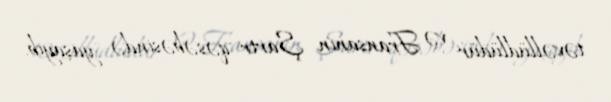
təvəllüdlüdür və Fransanın Şartr qəsəbəsində yaşayıb.